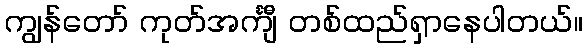
ကျွန်တော် ကုတ်အင်္ကျီ တစ်ထည်ရှာနေပါတယ်။